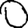
Digit: 0